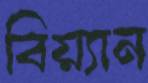
বিয়্যান